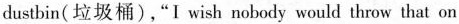
dustbin(垃圾桶),"I wish nobody would throw that on